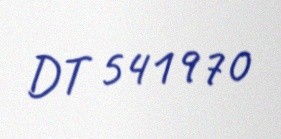
DT 541970